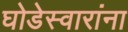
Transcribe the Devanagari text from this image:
घोडेस्वारांना